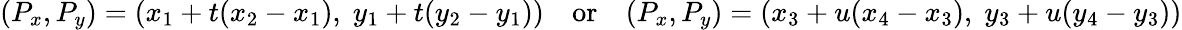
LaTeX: (P_{x},P_{y})=(x_{1}+t(x_{2}-x_{1}),\; y_{1}+t(y_{2}-y_{1}))\quad{\mathrm{or}}\quad(P_{x},P_{y})=(x_{3}+u(x_{4}-x_{3}),\; y_{3}+u(y_{4}-y_{3}))